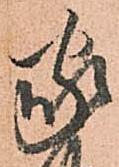
家